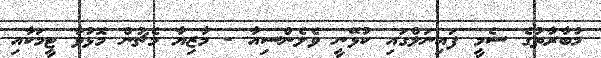
މުބާރާތުގެ ސެމީ ފައިނަލްގައި ކުޅޭނީ ވެލެންސިއާ - މާޒިޔާ މެޗުން މޮޅުވާ ޓީމަކާއި